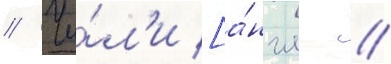
// Чи́л'и [а́нгл. //